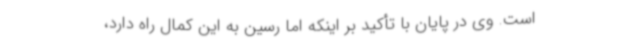
است. وی در پایان با تأکید بر اینکه اما رسین به این کمال راه دارد،